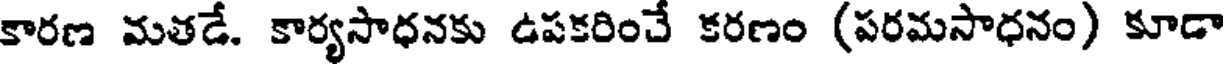
కారణ మతడే. కార్యసాధనకు ఉపకరించే కరణం (పరమసాధనం) కూడా